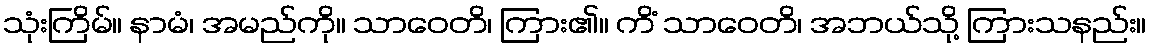
သုံးကြိမ်။ နာမံ၊ အမည်ကို။ သာဝေတိ၊ ကြား၏။ ကိံ သာဝေတိ၊ အဘယ်သို့ ကြားသနည်း။